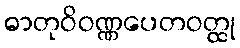
ဓာတုဝိဝဏ္ဏပေတဝတ္ထု